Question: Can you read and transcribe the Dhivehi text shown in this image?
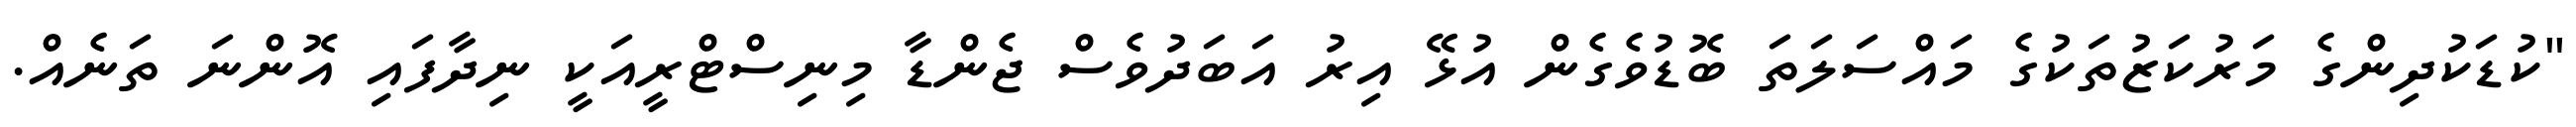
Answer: "ކުޑަކުދިންގެ މަރުކަޒުތަކުގެ މައްސަލަތަ ބޮޑުވެގެން އުޅޭ އިރު އަބަދުވެސް ޖެންޑާ މިނިސްޓްރީއަކީ ނިދާފައި އޮންނަ ތަނެއް.